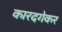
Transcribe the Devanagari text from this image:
कारदगेकर